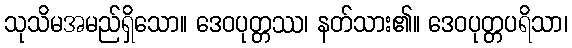
သုသိမအမည်ရှိသော။ ဒေဝပုတ္တဿ၊ နတ်သား၏။ ဒေဝပုတ္တပရိသာ၊